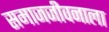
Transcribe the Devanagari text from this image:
समाजजीवनाला